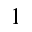
1